画像に写った文字を読んでください
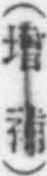
「(增補)」と書いてあります